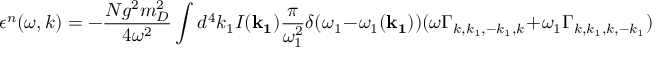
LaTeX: \epsilon ^ { n } ( \omega , k ) = - { \frac { N g ^ { 2 } m _ { D } ^ { 2 } } { 4 \omega ^ { 2 } } } \int d ^ { 4 } k _ { 1 } I ( { \bf k _ { 1 } } ) { \frac { \pi } { \omega _ { 1 } ^ { 2 } } } \delta ( \omega _ { 1 } - \omega _ { 1 } ( { \bf k _ { 1 } } ) ) ( \omega \Gamma _ { k , k _ { 1 } , - k _ { 1 } , k } + \omega _ { 1 } \Gamma _ { k , k _ { 1 } , k , - k _ { 1 } } )